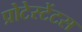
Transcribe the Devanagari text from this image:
प्रोटेस्टेंटस